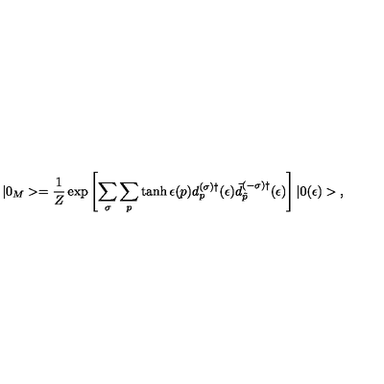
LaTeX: | 0 _ { M } > = \frac { 1 } { Z } \exp \left[ { \sum _ { \sigma } \sum _ { p } \tanh \epsilon ( p ) d _ { p } ^ { ( \sigma ) \dagger } ( \epsilon ) \bar { d } _ { \tilde { p } } ^ { ( - \sigma ) \dagger } } ( \epsilon ) \right] | 0 ( \epsilon ) > { , }